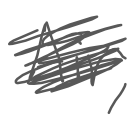
Text: Air,
Cross-out: scratch
Writing tool: digital_gray